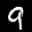
Label: 9